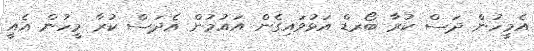
އެމީހުން ދަސް ކުރާ ބޯރޑް އަޅުވައިގެން އައުމުން އެދަސް ކުރާ މީހުން އެއީ